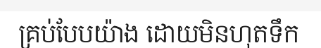
គ្រប់បែបយ៉ាង ដោយមិនហុតទឹក